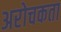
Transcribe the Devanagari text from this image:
अरोचकता